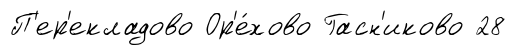
П'ер'екладово Ор'е́хово Гасн'иково 28